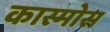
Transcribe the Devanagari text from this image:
कास्मोस